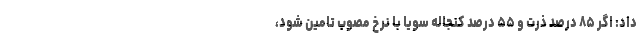
داد: اگر ۸۵ درصد ذرت و ۵۵ درصد کنجاله سویا با نرخ مصوب تامین شود،